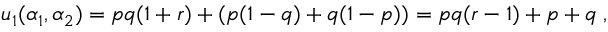
u _ { 1 } ( \alpha _ { 1 } , \alpha _ { 2 } ) = p q ( 1 + r ) + ( p ( 1 - q ) + q ( 1 - p ) ) = p q ( r - 1 ) + p + q \; ,